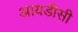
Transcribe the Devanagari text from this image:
आयडीसी